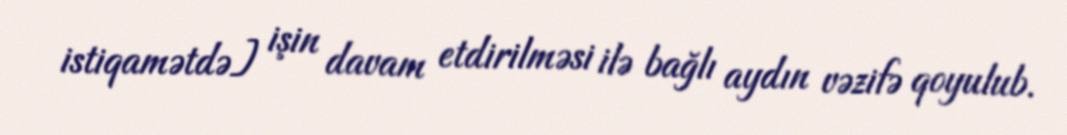
istiqamətdə] işin davam etdirilməsi ilə bağlı aydın vəzifə qoyulub.